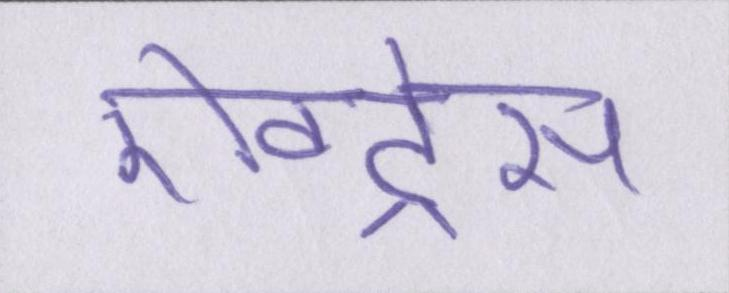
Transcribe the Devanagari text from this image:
ऐक्ट्रेस